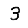
Digit: 3